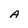
Character: A